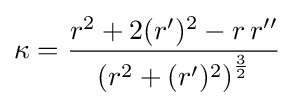
\kappa ={\frac {r^{2}+2(r')^{2}-r\,r''}{\left(r^{2}+(r')^{2}\right)^{\frac {3}{2}}}}